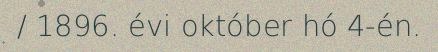
/ 1896. évi október hó 4-én.